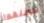
إنطلقوا